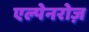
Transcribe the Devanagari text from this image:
एल्पेनरोज़